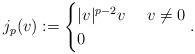
LaTeX: \begin{align*}j_{p}(v) := \begin{cases}|v|^{p-2} v & \ v \neq 0 \\0 & \end{cases}.\end{align*}